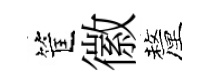
筐徽釐